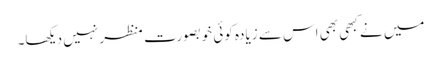
میں نے کبھی بھی اس سے زیادہ کوئی خوبصورت منظر نہیں دیکھا۔